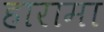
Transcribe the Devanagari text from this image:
हारामा